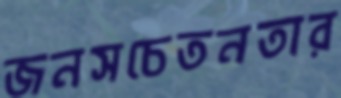
জনসচেতনতার